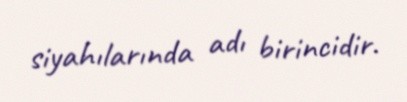
siyahılarında adı birincidir.